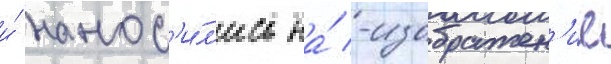
и́ нанос'и́л'ись на́ -изображен'ие